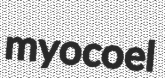
myocoel